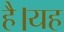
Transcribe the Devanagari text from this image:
हैै।यह